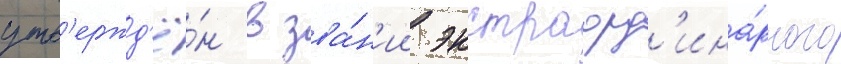
утв'ержд'ё́н в зва́н'ии экстраорд'ина́рного